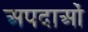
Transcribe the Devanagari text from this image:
अपदाओं